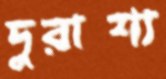
দুরাশা